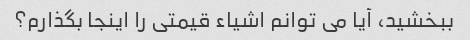
ببخشید، آیا می توانم اشیاء قیمتی را اینجا بگذارم؟